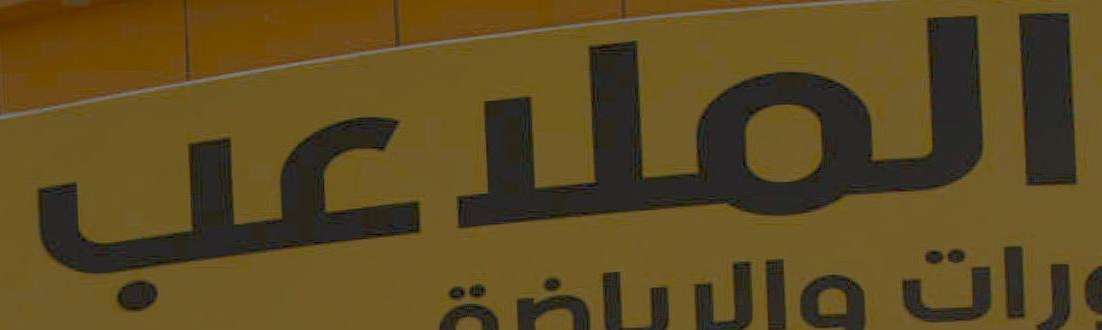
الملاعب